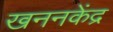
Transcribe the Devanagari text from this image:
खननकेंद्र